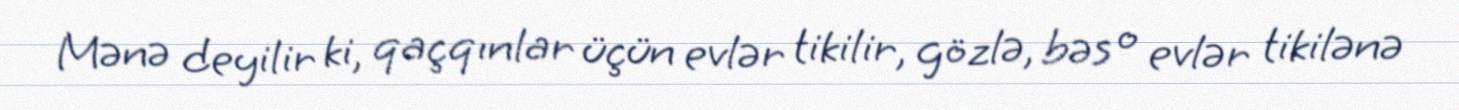
Mənə deyilir ki, qaçqınlar üçün evlər tikilir, gözlə, bəs o evlər tikilənə